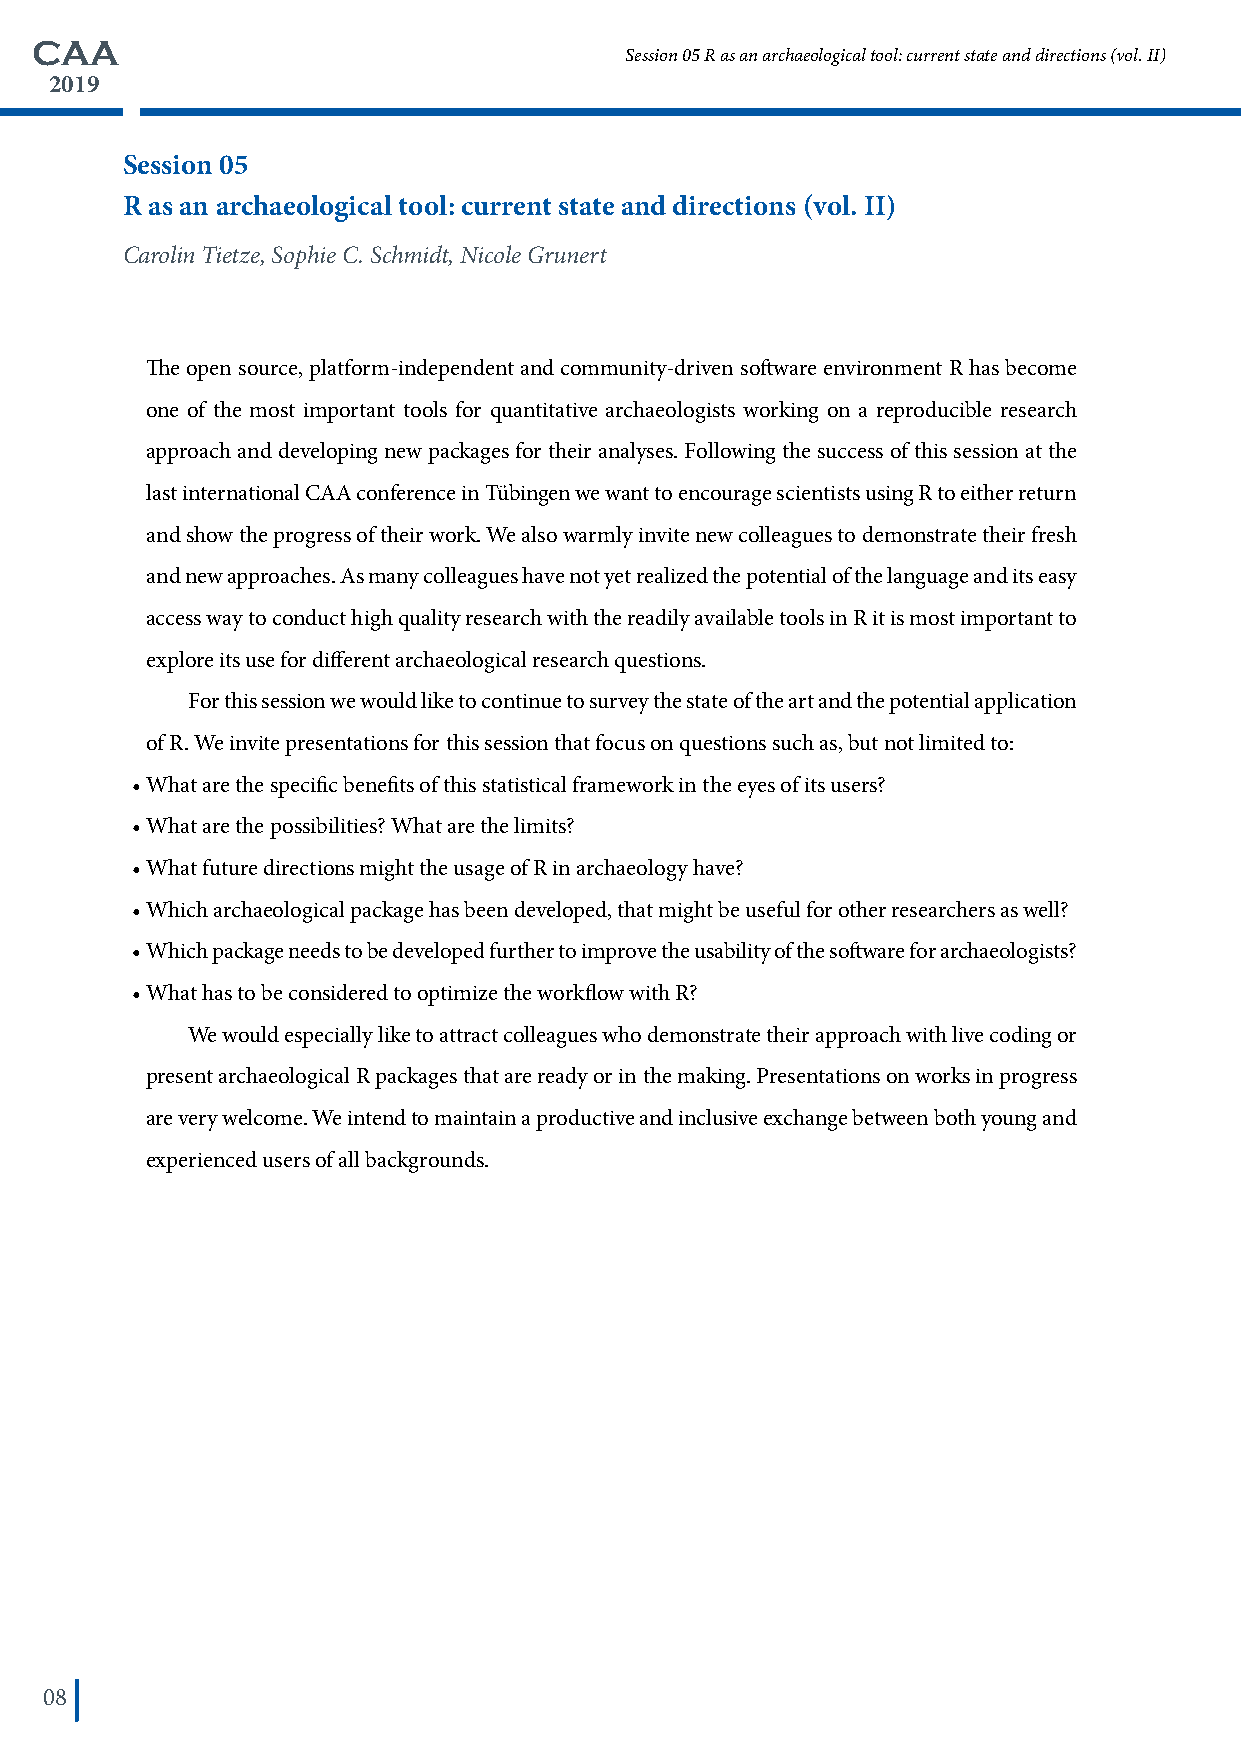
CAA
 Session 05 R as an archaeological tool: current state and directions (vol. II)
 2019
 Session 05
 R as an archaeological tool: current state and directions (vol. II)
 Carolin Tietze, Sophie C. Schmidt, Nicole Grunert
 The open source, platform-independent and community-driven software environment R has become
 one of the most important tools for quantitative archaeologists working on a reproducible research
 approach and developing new packages for their analyses. Following the success of this session at the
 last international CAA conference in Tübingen we want to encourage scientists using R to either return
 and show the progress of their work. We also warmly invite new colleagues to demonstrate their fresh
 and new approaches. As many colleagues have not yet realized the potential of the language and its easy
 access way to conduct high quality research with the readily available tools in R it is most important to
 explore its use for different archaeological research questions.
 For this session we would like to continue to survey the state of the art and the potential application
 of R. We invite presentations for this session that focus on questions such as, but not limited to:
 • What are the specific benefits of this statistical framework in the eyes of its users?
 • What are the possibilities? What are the limits?
 • What future directions might the usage of R in archaeology have?
 • Which archaeological package has been developed, that might be useful for other researchers as well?
 • Which package needs to be developed further to improve the usability of the software for archaeologists?
 • What has to be considered to optimize the workflow with R?
 We would especially like to attract colleagues who demonstrate their approach with live coding or
 present archaeological R packages that are ready or in the making. Presentations on works in progress
 are very welcome. We intend to maintain a productive and inclusive exchange between both young and
 experienced users of all backgrounds.
 08